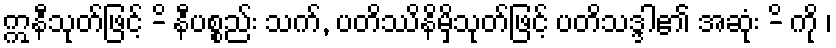
ဣနီသုတ်ဖြင့် -ိ နီပစ္စည်း သက်, ပတိဿိနိမှိသုတ်ဖြင့် ပတိသဒ္ဒါ၏ အဆုံး -ိ ကို ၊